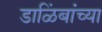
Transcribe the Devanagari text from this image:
डाळिंबांच्या